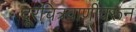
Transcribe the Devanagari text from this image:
दूरचित्रवाणीवरून